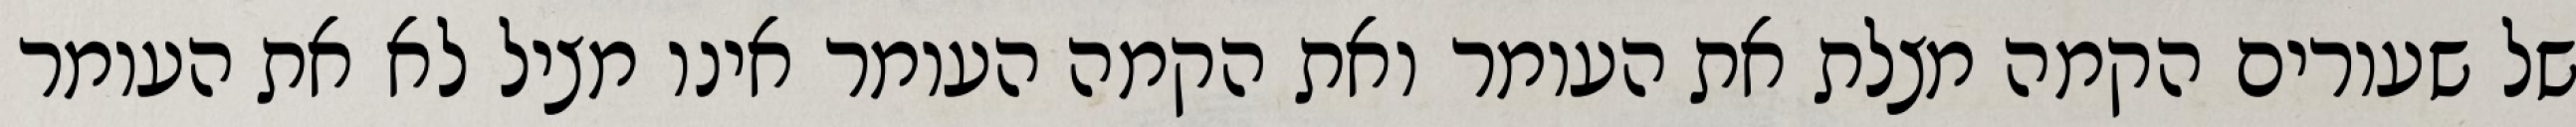
של שעורים הקמה מצלת את העומר ואת הקמה העומר אינו מציל לא את העומר